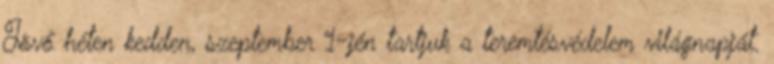
Jövő héten kedden, szeptember 1-jén tartjuk a teremtésvédelem világnapját.